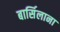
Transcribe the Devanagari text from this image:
बार्सिलाना